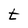
Character: t